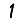
Digit: 1